Civil Veterinary Department Bengal reports 1923-33 - 1923-1933
Year: 1923
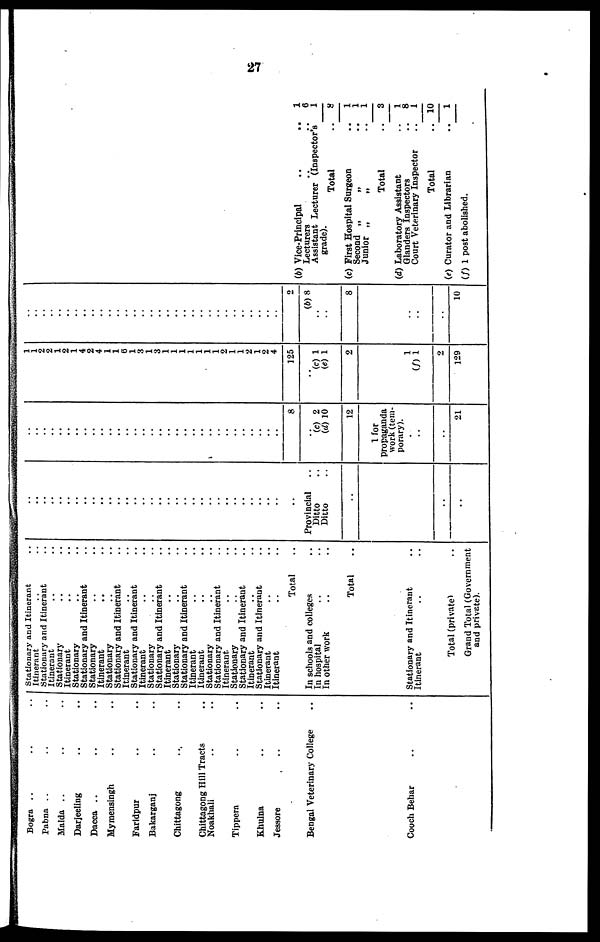
27
Bogra .. .. ..
Pabna .. .. ..
Malda .. .. ..
Darjeeling .. ..
Dacca
Mymensingh .. ..
Faridpur .. ..
Bakarganj .. ..
Chittagong .. ..
Chittagong Hill Tracts ..
Noakhali .. ..
Tippera .. ..
Khulna .. ..
Jessore .. ..
Bengal Veterinary College ..
Cooch Behar .. ..
Stationary and Itinerant ..
Itinerant .. ..
Stationary and Itinerant ..
Itinerant .. ..
Stationary .. ..
Itinerant .. ..
Stationary .. ..
Stationary and Itinerant ..
Stationary .. ..
Itinerant .. ..
Stationary .. ..
Stationary and Itinerant ..
Itinerant .. ..
Stationary and Itinerant ..
Itinerant .. ..
Stationary .. ..
Stationary and Itinerant ..
Itinerant .. ..
Stationary .. ..
Stationary and Itinerant ..
Itinerant .. ..
Itinerant .. ..
Stationary .. ..
Stationary and Itinerant ..
Itinerant .. ..
Stationary .. ..
Stationary and Itinerant ..
Itinerant .. ..
Stationary and Itinerant ..
Itinerant .. ..
Itinerant ..
Total ..
In schools and colleges ..
In hospital .. ..
In other work .. ..
Total ..
Stationary and Itinerant ..
Itinerant .. ..
Total (private) ..
Grand Total (Government
and private).
..
..
..
..
..
..
..
..
..
.. ..
..
..
..
..
..
..
..
..
..
..
..
..
..
..
..
..
..
..
..
..
..
..
Provincial
Ditto
Ditto
..
..
..
..
..
..
..
..
..
..
..
..
..
..
..
..
..
..
..
..
..
..
..
..
..
..
..
..
..
..
..
..
..
..
8
..
(c) 2
(d) 10
12
1
for
propaganda
work (tem-
porary).
..
..
21
1
1
2
2
1
2
1
4
2
4
1
1
6
1
3
1
3
1
1
1
I
1
1
1
2
1
1
2
1
2
4
125
..
(c) 1
(e) 1
2
1
(f) 1
2
129
..
..
..
..
..
..
..
..
..
..
..
..
..
..
..
..
..
..
..
..
..
..
..
..
..
..
..
..
..
..
..
2
(b) 8
..
..
8
..
..
..
10
(b) Vice-Principal
..
..
1
Lecturers
..
..
6
Assistant Lecturer (Inspector's
1
grade).
Total
..
8
(c) First Hospital Surgeon
..
1
Second
„
..
1
Junior „
„
..
1
Total
..
3
(d) Laboratory Assistant
..
1
Glanders Inspectors
..
8
Court Veterinary Inspector
..
1
Total
.. 10
(e) Curator and Librarian
..
1
(f) 1 post abolished.